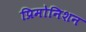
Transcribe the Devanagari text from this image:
प्रिमोनिशन